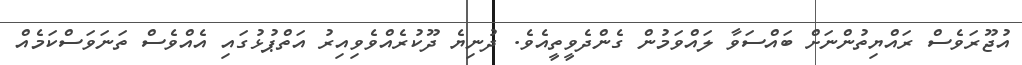
އުޖޫރަވެސް ރައްޔިތުންނަށް ބައްސަވާ ލައްވަމުން ގެންދެވީތީއެވެ. ދުނިޔެ ދޫކުރެއްވެވިއިރު އަތްޕުޅުގައި އެއްވެސް ތަނަވަސްކަމެއް